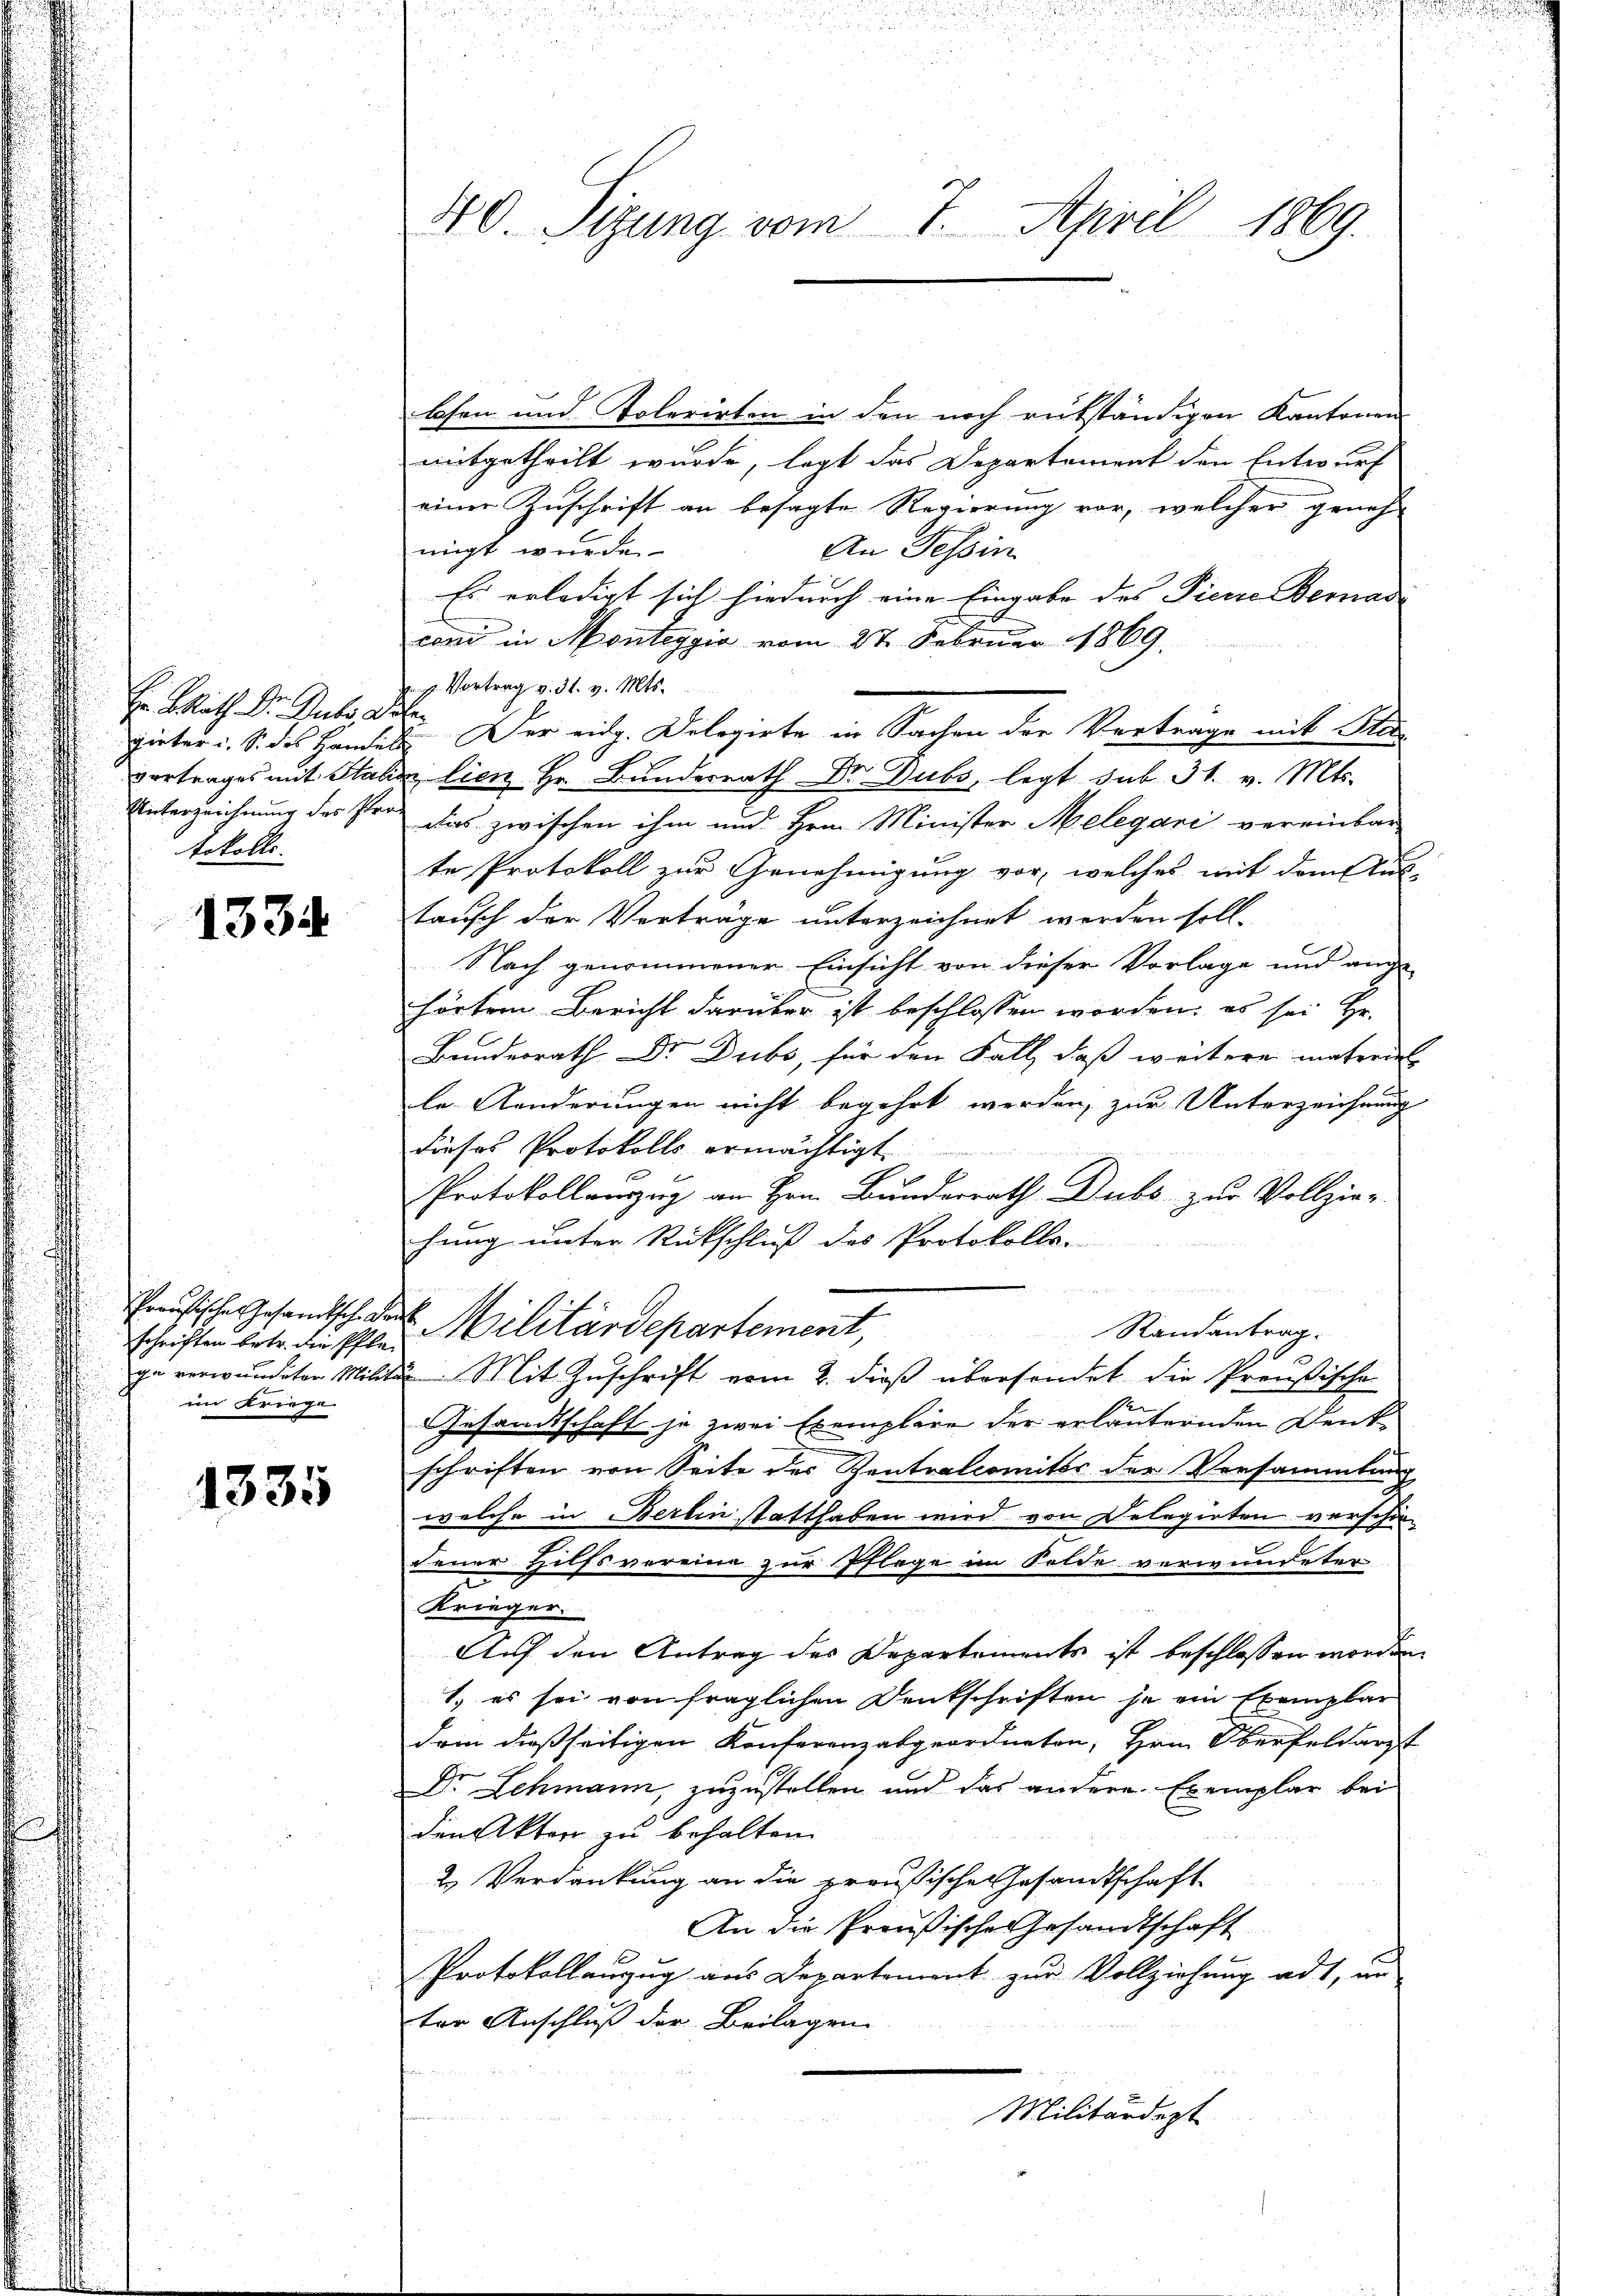
Er Blath Dr. Gutes Leber
gieter u. S. des Handel
Unterzeichnung des Pro
tokolle.

1334

schriften betr. die Pflege verwundeter Milita
im Kriege

1335

40. Sizung vom 7. April 1869.

losen und Tolerirten in den noch reitständigen Kantonen
mitgetheilt wurde, legt das Departement den Entwurf
einer Zuschrift an besagte Regierung vor, welcher genehm
nigt wurde
An Tessin
Es erledigt sich hiedurch eine Eingabe des Pierre Bernas
coni in Monteggio vom 27. Februar 1869.
 Vortrag v. 31. v. Mts.
I Der eidg. Delegirte in Sachen der Vortrage mit Sta
vortrages mit Stalien lien Hr. Bunderrath Dr. Dubs, legt sub 31. v. Mts.
das zwischen ihm und Hrn. Minister Melegari vereinbar
te Protokoll zur Genehmigung vor, welches mit dem Aus-
tausch der Verträge unterzeichnet werden soll-
Nach genommener Einsicht von dieser Vorlage und ange-
hörtem Bericht darüber ist beschlossen worden; es sei Hr.
Bundesrath Dr. Dubs, für den Fall, daß weitere materiel
le Aenderungen nicht begehrt werden, zur Unterzeichnung
dieses Protokolls ermächtigt.
Protokollanzug an Hrn. Bunderrath Dubs zur Vollzier-
hung unter Rückschluß des Protokolls-
Preußische Gesandtsch den Militärdepartement,
Randantrag.
.
2. Mit Zuschrift vom 2. dieß übersendet die Preußische
Gesandtschaft je zwei Exemplare der erläuternden Denkschriften von Seite der Zentralcomiter der Versammlung
welche in Berlin statthaben wird von Belegirten verschie
dener Hilfsvereine zur Pflege im Felde verwundeter
Krieger.
Auf den Antrag des Departements ist beschlossen worden.
1. es sei von fraglichen Denkschriften je ein Exemplar
dem dießseitigen Konferenzabgeordneten, Hrn. Oberfeldarzt
Dr. Schmann, zuzustellen und das andere Exemplar bei
den Akten zu behalten.
2 Verdankung an die preußische Gesandtschaft
An die Preußische esandtschaft
Protokollanzug aus Departement zur Vollziehung adt, un
ter Anschluß der Beilagen
Militärdept